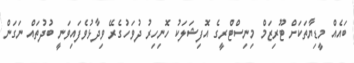
ބައެއް މީޑިޔާތަކަށް ޓޫރިޒަމް މިނިސްޓްރީގެ އޮފިޝަލަކު ހޮނިހިރު ދުވަހުގެރޭ ވިދާޅުވެފައިވަނީ ބުދުތައް ނަގަން